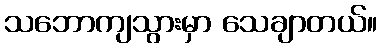
သဘောကျသွားမှာ သေချာတယ်။